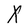
Character: X